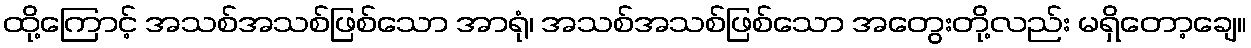
ထို့ကြောင့် အသစ်အသစ်ဖြစ်သော အာရုံ၊ အသစ်အသစ်ဖြစ်သော အတွေးတို့လည်း မရှိတော့ချေ။